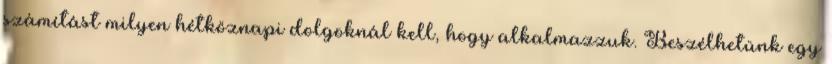
számítást milyen hétköznapi dolgoknál kell, hogy alkalmazzuk. Beszélhetünk egy